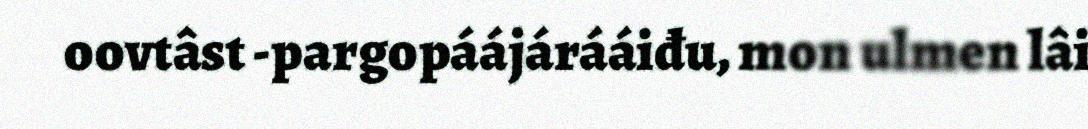
oovtâst -pargopáájárááiđu, mon ulmen lâi